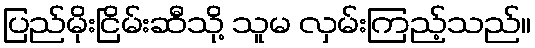
ပြည်မိုးငြိမ်းဆီသို့ သူမ လှမ်းကြည့်သည်။